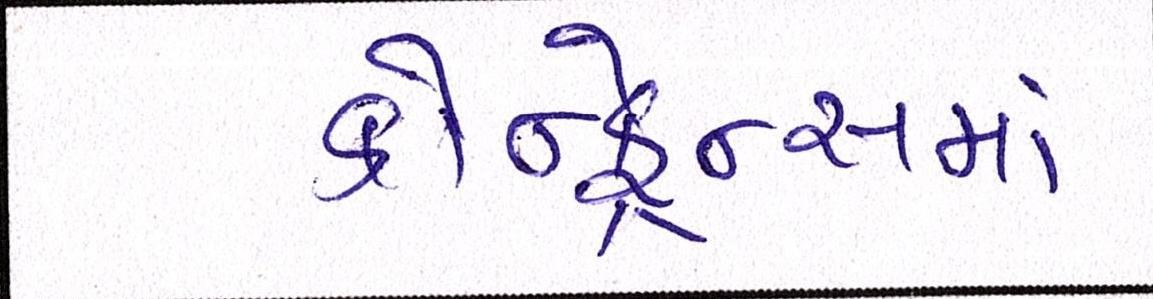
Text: કોન્ફ્રેન્સમાં